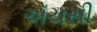
એચસી